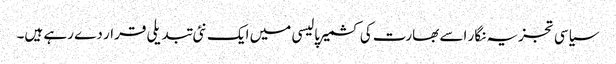
سیاسی تجزیہ نگار اسے بھارت کی کشمیر پالیسی میں ایک نئی تبدیلی قرار دے رہے ہیں۔